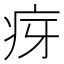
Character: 疨